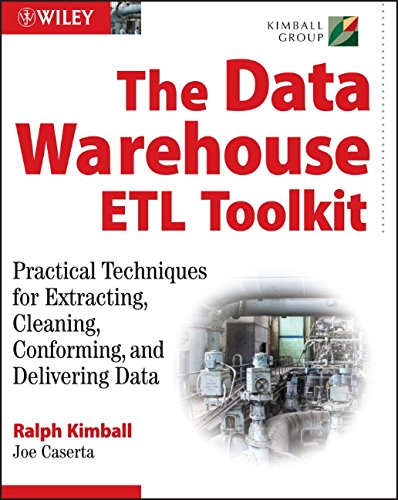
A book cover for The Data WarehouseÃEÂ ETL Toolkit: Practical Techniques for Extracting, Cleaning, Conforming, and Delivering Data; Ralph  Kimball; Computers & Technology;